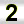
Digit: 2